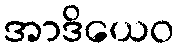
အာဒိယေဝ